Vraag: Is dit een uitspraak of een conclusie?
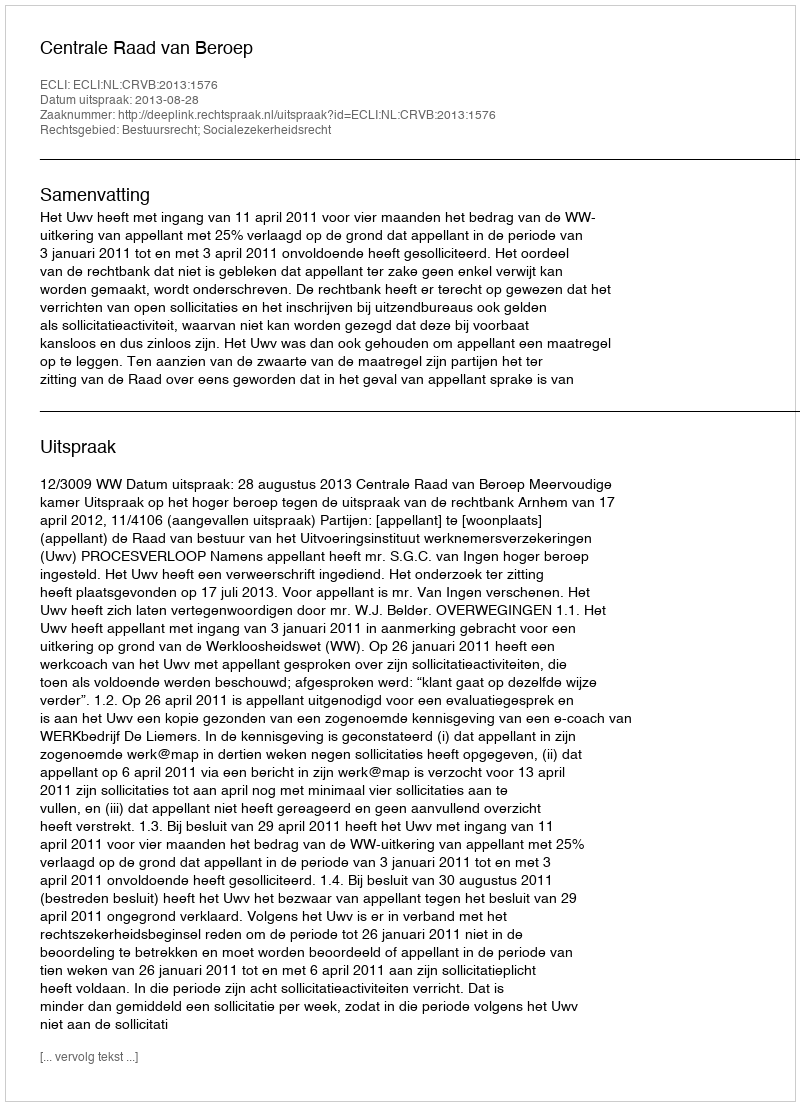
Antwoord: Uitspraak